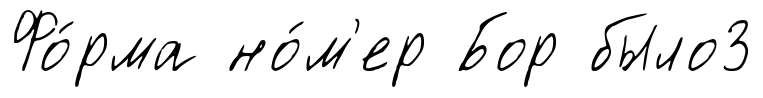
Фо́рма но́м'ер Бор было3